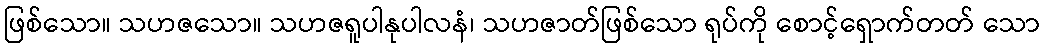
ဖြစ်သော။ သဟဇသော။ သဟဇရူပါနုပါလနံ၊ သဟဇာတ်ဖြစ်သော ရုပ်ကို စောင့်ရှောက်တတ် သော